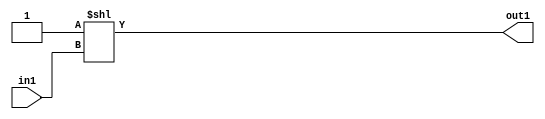
`timescale 1ps / 1ps
/*****************************************************************************
    Verilog RTL Description
    
    Generated at: 11:32:35 EST (-0500), Wednesday 18 November 2020
    Generated on: zhang-x1.ece.cornell.edu
    Generated by: jl3952 (Jie Liu)
    
    Created by: Stratus DpOpt 2017.1.02 
    Copyright (c) 2014-2015 Cadence Design Systems. All rights reserved worldwide.
    
    Cadence Design Systems proprietary and confidential
    ===================================================
    
    May contain information that incorporates Cadence Design Systems CellMath
    and other inventions claimed in Pending U.S. Patents.
    
    May contain Cadence Design Systems Trade Secrets of which use, disclosure or
    reproduction is contractually restricted or prohibited.  For more
    information, contact your legal department before any use, disclosure or
    reproduction.
*******************************************************************************/

module dut_DECODE_8U_3_4 (
	in1,
	out1
	); /* architecture "behavioural" */ 
input [2:0] in1;
output [7:0] out1;
wire [7:0] asc001;

assign asc001 = 8'B00000001 << in1;

assign out1 = asc001;
endmodule

/* CADENCE  urfyTQ8= : u9/ySgnYtBlWxVDRUQkU4ug= ** DO NOT EDIT THIS LINE ******/